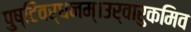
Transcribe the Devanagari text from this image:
पुष्टिवर्धनम्।उर्वारुकमिव